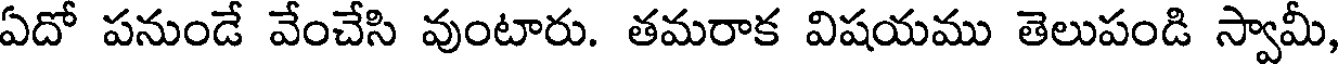
ఏదో పనుండే వేంచేసి వుంటారు. తమరాక విషయము తెలుపండి స్వామీ,